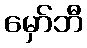
မှော်ဘီ